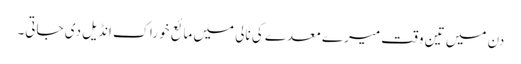
دن میں تین وقت میرے معدے کی نالی میں مائع خوراک انڈیل دی جاتی۔